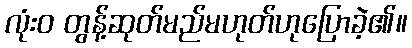
လုံးဝ တွန့်ဆုတ်မည်မဟုတ်ဟုပြောခဲ့၏။